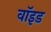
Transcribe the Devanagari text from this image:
वाॅइड